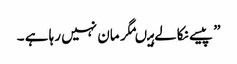
” پیسے نکالے ہیںمگر مان نہیں رہا ہے ۔